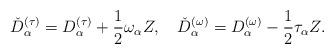
LaTeX: \begin{align*}\check{D}^{(\tau)}_{\alpha} = D^{(\tau)}_{\alpha} +\frac{1}{2}\omega_{\alpha}Z, \quad\check{D}^{(\omega)}_{\alpha} = D^{(\omega)}_{\alpha} - \frac{1}{2}\tau_{\alpha}Z.\end{align*}